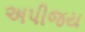
અપીજય